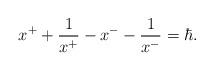
LaTeX: \begin{align*}x^{+}+\frac{1}{x^{+}}-x^{-}-\frac{1}{x^{-}} =\hbar.\end{align*}